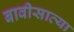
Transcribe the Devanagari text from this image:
बावीसाव्या